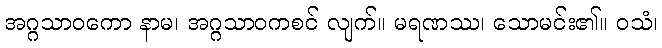
အဂ္ဂသာဝကော နာမ၊ အဂ္ဂသာဝကစင် လျက်။ မရဏဿ၊ သောမင်း၏။ ဝသံ၊